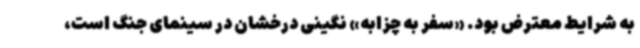
به شرایط معترض بود. «سفر به چزابه» نگینی درخشان در سینمای جنگ است،